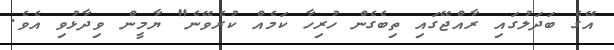
އޭގެ ބަދަލުގައި ރާއްޖޭގައި ތިބެގެން ހުރިހާ ކަމެއް ކުރެވޭނެ" ޔާމީން ވިދާޅުވި އެވެ.